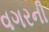
વગરની